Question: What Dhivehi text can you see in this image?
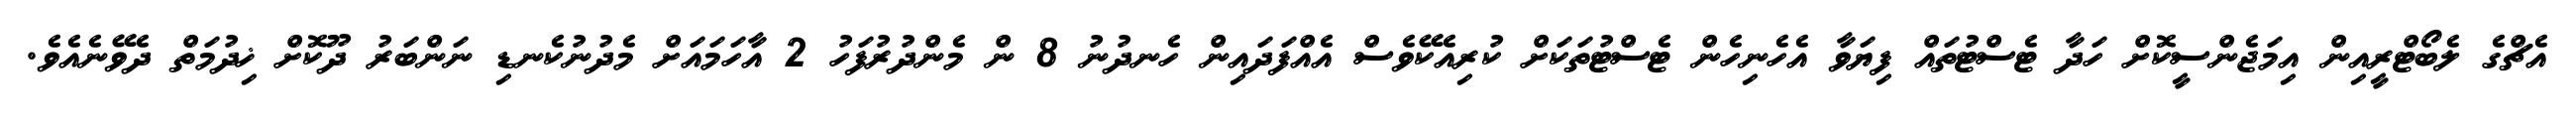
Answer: އެޗްގެ ލެބޯޓްރީއިން އިމަޖެންސީކޮށް ހަދާ ޓެސްޓުތައް ފިޔަވާ އެހެނިހެން ޓެސްޓުތަކަށް ކުރިއެކޭވެސް އެއްފަދައިން ހެނދުނު 8 ން މެންދުރުފަހު 2 އާހަމައަށް މެދުނުކެނޑި ނަންބަރު ދޫކޮށް ޚިދުމަތް ދެވޭނެއެވެ.